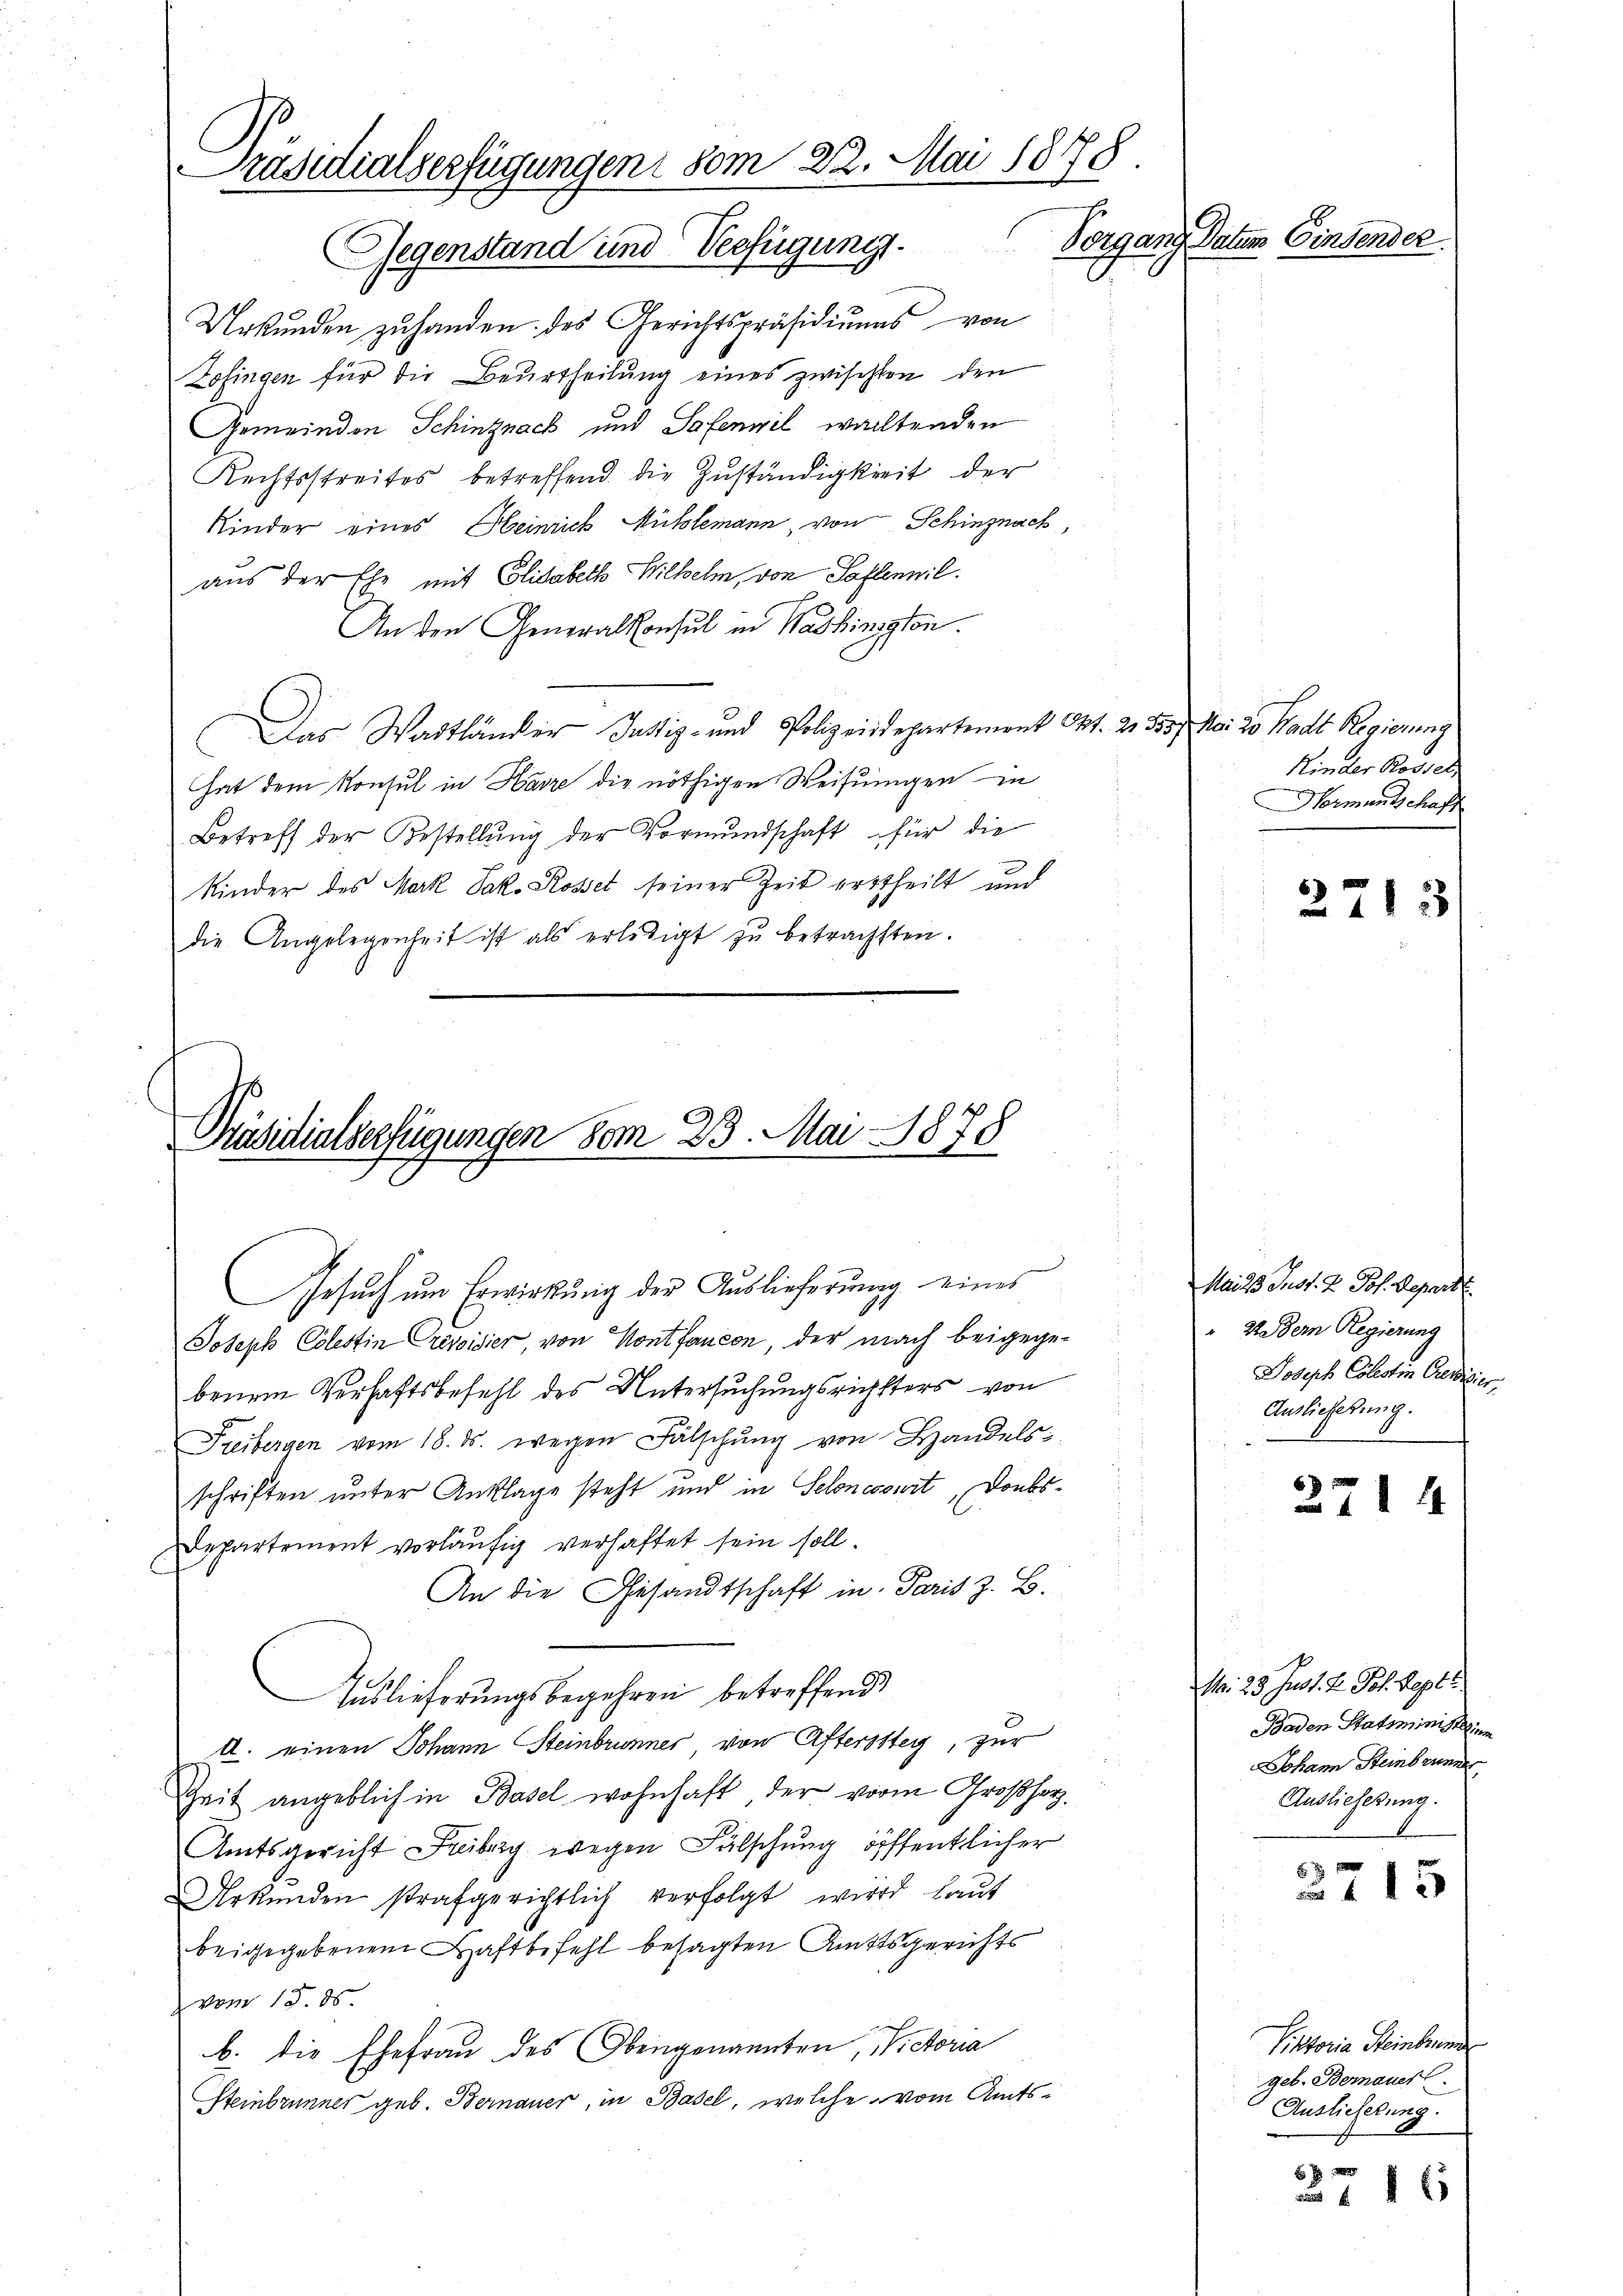
Präsidialserfügungen vom 22. Mai 1878.
Vorgang Datum Einsender
Gegenstand und Verfügung.

Urstunden zŭ handen des Gerichtspräsidiŭms von
Zofingen für die Beurtheilung eines zwischten den
Gemeinden Schinznach und Safennil walltenden
Rechtsstreites betreffend die Zuständigkeit der
Kinder eines Heinrich Mühlemann, von Schinznach
aus der Ehe mit Elisabeth Wilhelm, von Saflennil.
An den Generalkonsul in Washington.
Das Wadtländer Justiz- und Polizeisdepartement Okt. 2. 555. Mai 20 Stadt Regierung
hat dem Konsul in Harze die nöthigen Weisungen in
Betreff der Bestellung der Vormundschaft für die
Kinder des Mark Jak. Rosset seiner Zeit ertheilt und
die Angelegenheit ist als erledigt zu beträchsten.

Präsidialverfügungen vom 23. Mai 1878
Gesuch um Erwirkung der Auslieferung eines

Joseph Colestin Crevidier, von Kontfaneon, der nach beigegebenem Verhaftsbefehl des Untersuchungsrichsters von
Freibergen vom 18. ds. wegen Fälschung von Handelsschriften unter Anklage steht und in Seloncourt, Doubs¬
Departement vorläufig verhaftet sein soll.
An die Gesandtschaft in Paris z. B.
Auslieferungsbegehren betreffend
A. einen Johann Steinbrunner von Aftersstey, zur
Zeit angeblich in Basel wohnhaft der vorm Großherz-
Amtsgericht Freiberg wegen Fälschung öffentlicher
Urkunden strafgerichtlich verfolgt wird laut
beigegebenen Haftbefehl besagten Amtsgerichts
vom 15. 85.
b. die Ehefrau des Obengenannten, Victoria
Steinbrunner geb. Bernauer, in Basel, welche vom Amts¬

Kinder Rossel
Normantschaff

2713

Maia Just. 2. Jos. Depart.
22 der Regierung
Joseph Cölestin Credigier
Auslieferung.

2714

. 23. Just. 2. Joh. Septe
Baden Statsministri
Johann Steinbrunne
Auslieferung.

2715

Pistoria Heinbrunn
geb. Bemauer
 Auslieferung.

x
 xx